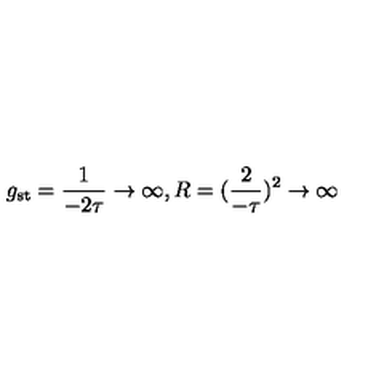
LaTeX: g _ { \mathrm { s t } } = { \frac { 1 } { - 2 \tau } } \rightarrow \infty , R = ( { \frac { 2 } { - \tau } } ) ^ { 2 } \rightarrow \infty